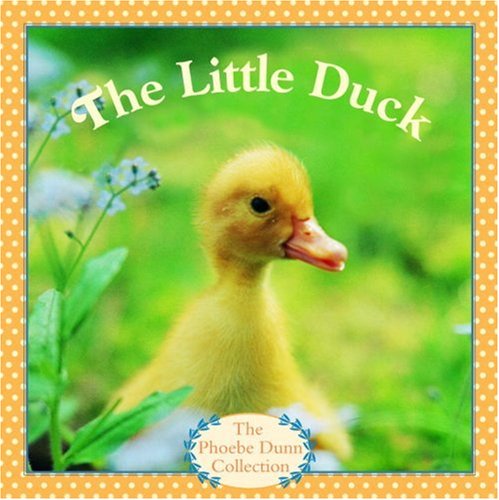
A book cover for The Little Duck (Pictureback(R)); Judy Dunn; Children's Books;